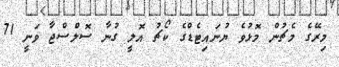
މިރޭގެ މެޗުން މޮޅުވެ ޔުނައިޓެޑްގެ ކޯޗު އޮލީ ގުނާ ސޮލްސްޖާ ވަނީ 71